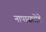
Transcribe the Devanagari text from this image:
नापासघोडे